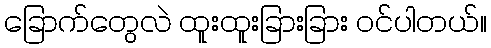
ခြောက်တွေလဲ ထူးထူးခြားခြား ဝင်ပါတယ်။